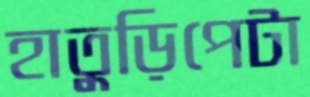
হাতুড়িপেটা